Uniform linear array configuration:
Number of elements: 24
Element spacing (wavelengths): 0.75
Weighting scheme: kaiser
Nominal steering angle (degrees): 0
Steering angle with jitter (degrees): -0.7575
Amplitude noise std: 0.05
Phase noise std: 0.05

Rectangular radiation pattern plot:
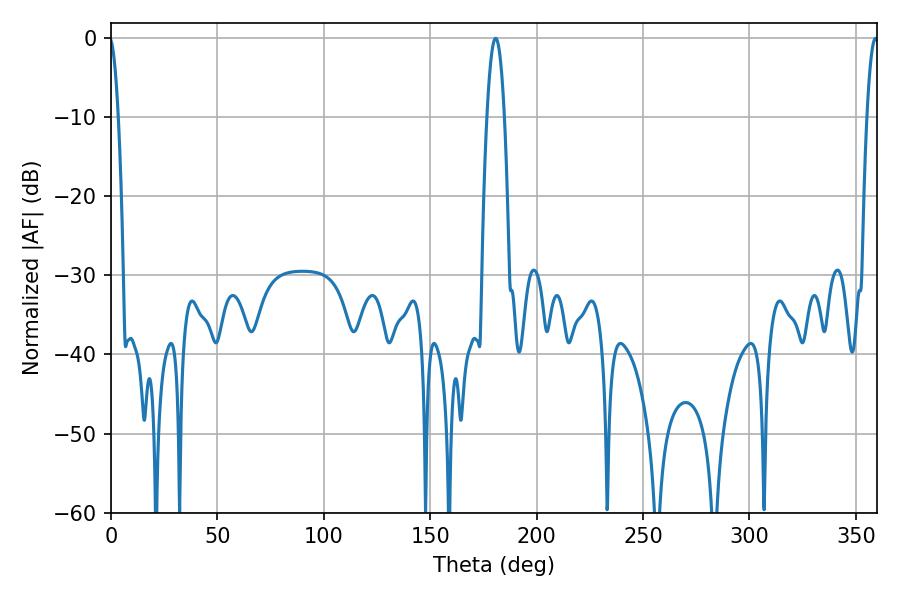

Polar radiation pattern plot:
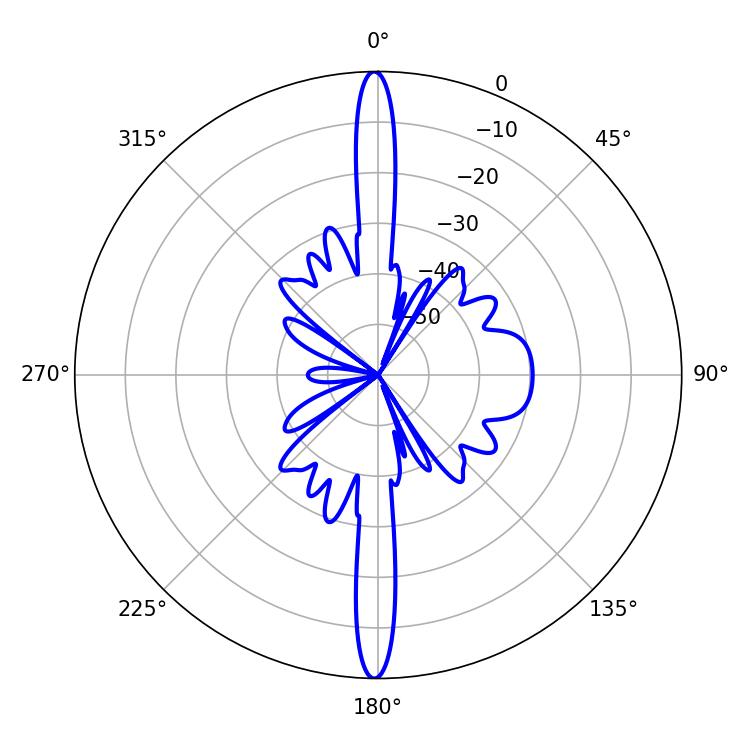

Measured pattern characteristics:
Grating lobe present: TRUE
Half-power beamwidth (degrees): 4.5
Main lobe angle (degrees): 180.72